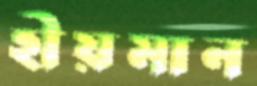
হীয়মান